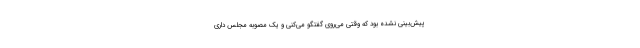
پیش‌بینی نشده بود که وقتی می‌روی گفتگو می‌کنی و یک مصوبه مجلس داری